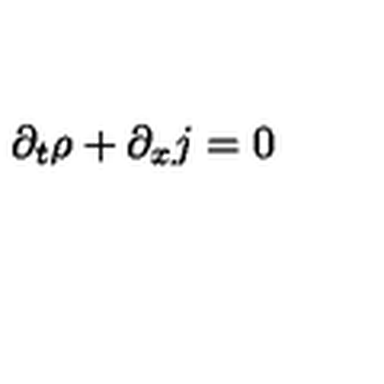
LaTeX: \partial _ { t } \rho + \partial _ { x } j = 0